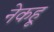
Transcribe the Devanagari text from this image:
नेकहू